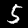
Digit: 5